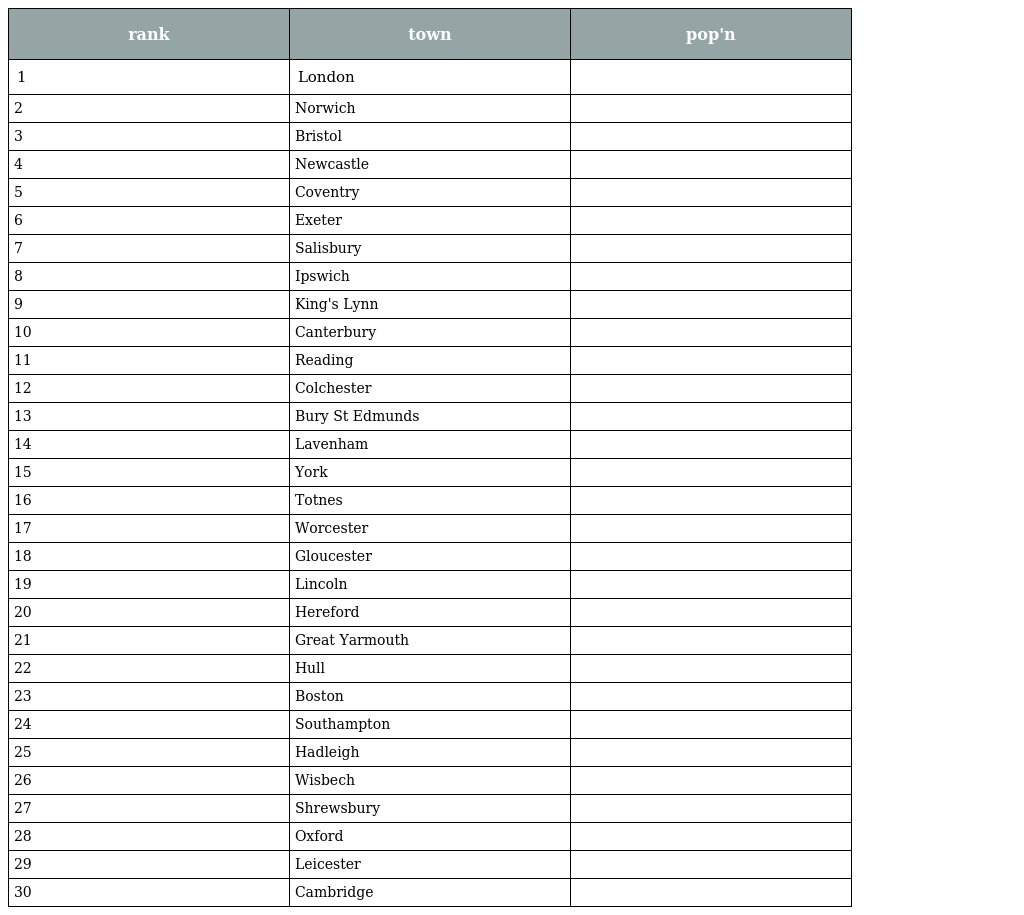
| rank | town | pop'n |
 | --- | --- | --- |
 | 1 | London |  |
 | 2 | Norwich |  |
 | 3 | Bristol |  |
 | 4 | Newcastle |  |
 | 5 | Coventry |  |
 | 6 | Exeter |  |
 | 7 | Salisbury |  |
 | 8 | Ipswich |  |
 | 9 | King's Lynn |  |
 | 10 | Canterbury |  |
 | 11 | Reading |  |
 | 12 | Colchester |  |
 | 13 | Bury St Edmunds |  |
 | 14 | Lavenham |  |
 | 15 | York |  |
 | 16 | Totnes |  |
 | 17 | Worcester |  |
 | 18 | Gloucester |  |
 | 19 | Lincoln |  |
 | 20 | Hereford |  |
 | 21 | Great Yarmouth |  |
 | 22 | Hull |  |
 | 23 | Boston |  |
 | 24 | Southampton |  |
 | 25 | Hadleigh |  |
 | 26 | Wisbech |  |
 | 27 | Shrewsbury |  |
 | 28 | Oxford |  |
 | 29 | Leicester |  |
 | 30 | Cambridge |  |